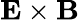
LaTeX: \textbf{E}\times\textbf{B}